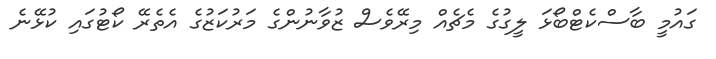
ގައުމީ ބާސްކެޓްބޯޅަ ލީގުގެ މެޗެއް މިރޭވެސް ޒުވާނުންގެ މަރުކަޒުގެ އެތެރޭ ކޯޓުގައި ކުޅޭނެ